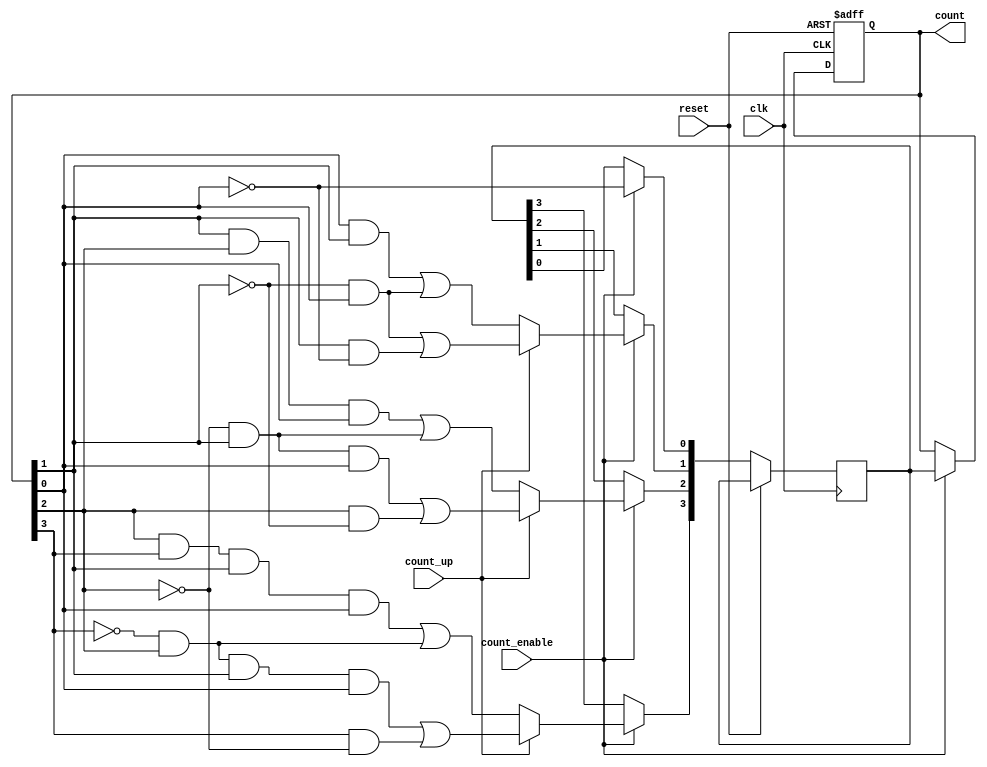
module RippleCounter (
    input wire clk,               // Clock input
    input wire reset,             // Asynchronous reset
    input wire count_enable,      // Count enable
    input wire count_up,          // Count up or down control
    output reg [3:0] count        // 4-bit output counter
);

    // Internal signals for T flip-flops
    reg [3:0] t_ff;

    always @(posedge clk or posedge reset) begin
        if (reset) begin
            count <= 4'b0000;      // Reset counter to 0
        end else if (count_enable) begin
            // Count up
            if (count_up) begin
                t_ff[0] <= ~count[0];  // Toggle LSB
                t_ff[1] <= (count[0] & ~count[1]) | (count[1] & ~count[0]); // Toggle next bit on transition of previous
                t_ff[2] <= (count[1] & ~count[2] & count[0]) | (count[2] & ~count[1]); // Toggle next bit
                t_ff[3] <= (count[2] & ~count[3] & count[1] & count[0]) | (count[3] & ~count[2]); // Toggle MSB
            end
            // Count down
            else begin
                t_ff[0] <= ~count[0];  // Toggle LSB
                t_ff[1] <= (count[0] & count[1]) | (~count[1] & count[0]); // Toggle next bit on inverted previous
                t_ff[2] <= (count[1] & count[2] & count[0]) | (~count[2] & count[1]); // Toggle next bit
                t_ff[3] <= (count[2] & count[3] & count[1] & count[0]) | (~count[3] & count[2]); // Toggle MSB
            end
            count <= t_ff;           // Update count with the new value
        end
    end

endmodule